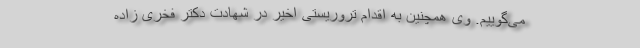
می‌گوییم. وی همچنین به اقدام تروریستی اخیر در شهادت دکتر فخری زاده